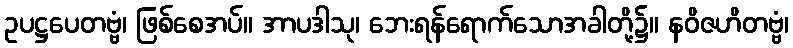
ဥပဋ္ဌပေတဗ္ဗံ၊ ဖြစ်စေအပ်။ အာပဒါသု၊ ဘေးရန်ရောက်သောအခါတို့၌။ နဝိဇဟိတဗ္ဗံ၊